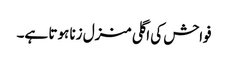
فواحش کی اگلی منزل زنا ہوتا ہے۔